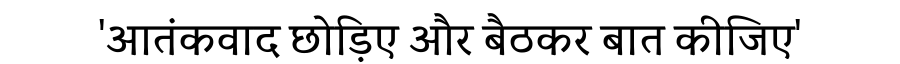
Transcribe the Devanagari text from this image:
'आतंकवाद छोड़िए और बैठकर बात कीजिए'